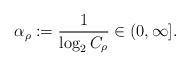
\begin{align*}\alpha_\rho:=\frac{1}{\log_2 C_\rho}\in(0,\infty].\end{align*}